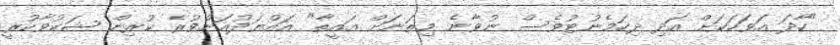
"ހާދަ އަވަހަކަށް އަދި ދިހަމެނުޓުވެސް ނުވާނެ މިތަނަށް އައީތާ" އައްޔަދުއަށްވުރެ ކުރިން ޝަކުވާކުރީ